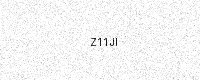
Text: Z11JI